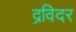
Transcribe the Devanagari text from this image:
द्रविदर